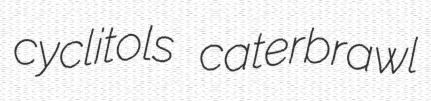
cyclitols caterbrawl